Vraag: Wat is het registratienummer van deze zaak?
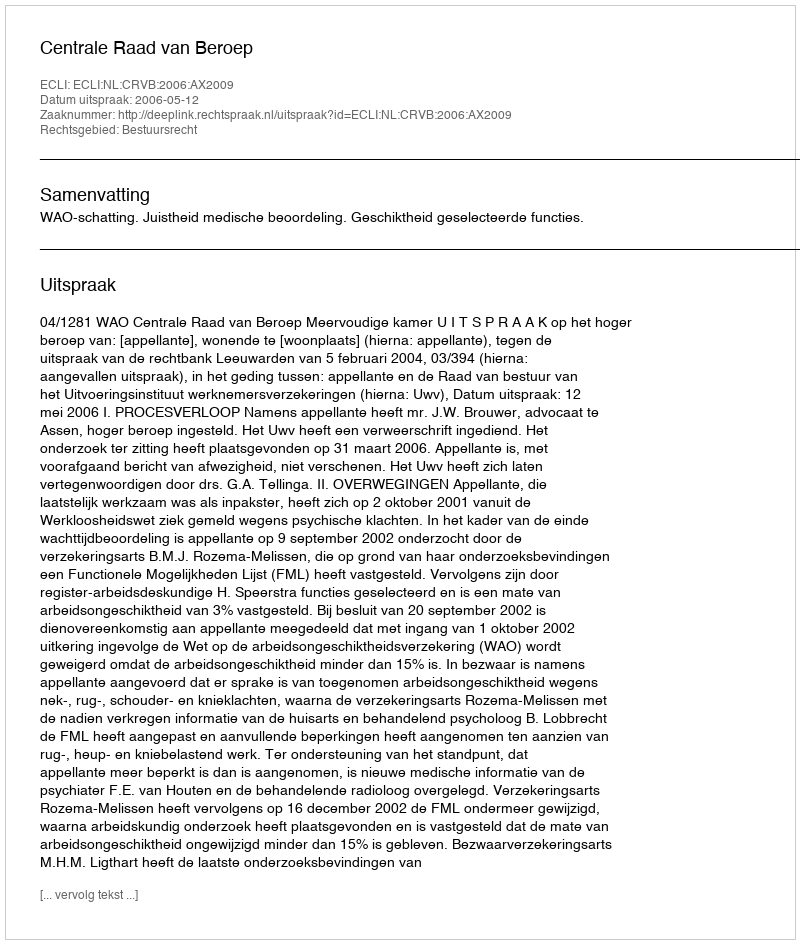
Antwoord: http://deeplink.rechtspraak.nl/uitspraak?id=ECLI:NL:CRVB:2006:AX2009